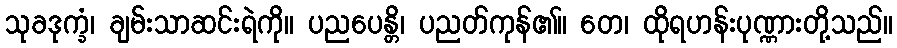
သုခဒုက္ခံ၊ ချမ်းသာဆင်းရဲကို။ ပညပေန္တိ၊ ပညတ်ကုန်၏။ တေ၊ ထိုရဟန်းပုဏ္ဏားတို့သည်။